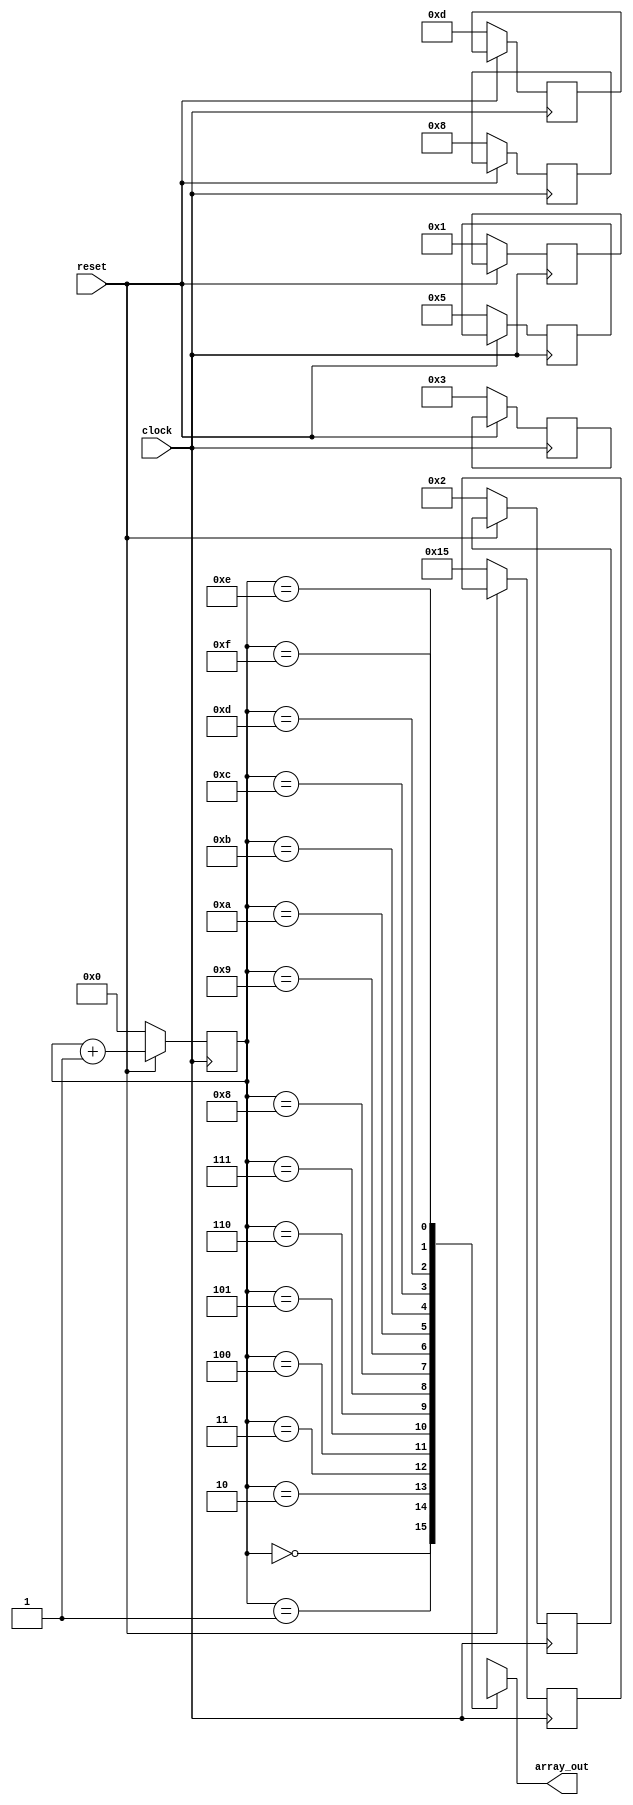
module always_test_case (array_out, clock, reset);
	output [15:0] array_out;
	input clock, reset;
	reg [3:0] readptr;
	reg [15:0] body [15:0];
	reg [15:0] array_out;
	always @(readptr or body[readptr]) begin
		array_out <= body[readptr];
	end
	always @(posedge clock) begin
		if (reset == 0) begin
			readptr <= 16'h0000;
			body[0] <= 16'h0001; 
			body[1] <= 16'h0002;
			body[2] <= 16'h0003;
			body[3] <= 16'h0005;
			body[4] <= 16'h0008;
			body[5] <= 16'h000D;
			body[6] <= 16'h0015;
		end
		else begin
			readptr <= readptr + 16'h0001;
		end
	end
endmodule